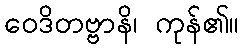
ဝေဒိတဗ္ဗာနိ၊ ကုန်၏။